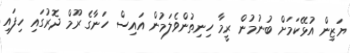
ޔަޒިން އުޅޭކަމަށް ބުނުމުން ރީމާ ހިނިތުންވެލަމުން އައިސް ހަނާގެ ރޫމް ދޮރުގައި ހިފައި